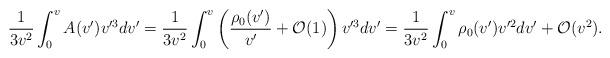
LaTeX: \begin{align*} \frac{1}{3v^2}\int_0^vA(v')v'^3dv'=\frac{1}{3v^2}\int_0^v\left(\frac{\rho_0(v')}{v'}+\mathcal{O}(1)\right)v'^3dv'=\frac{1}{3v^2}\int_0^v\rho_0(v')v'^2dv'+\mathcal{O}(v^2).\end{align*}